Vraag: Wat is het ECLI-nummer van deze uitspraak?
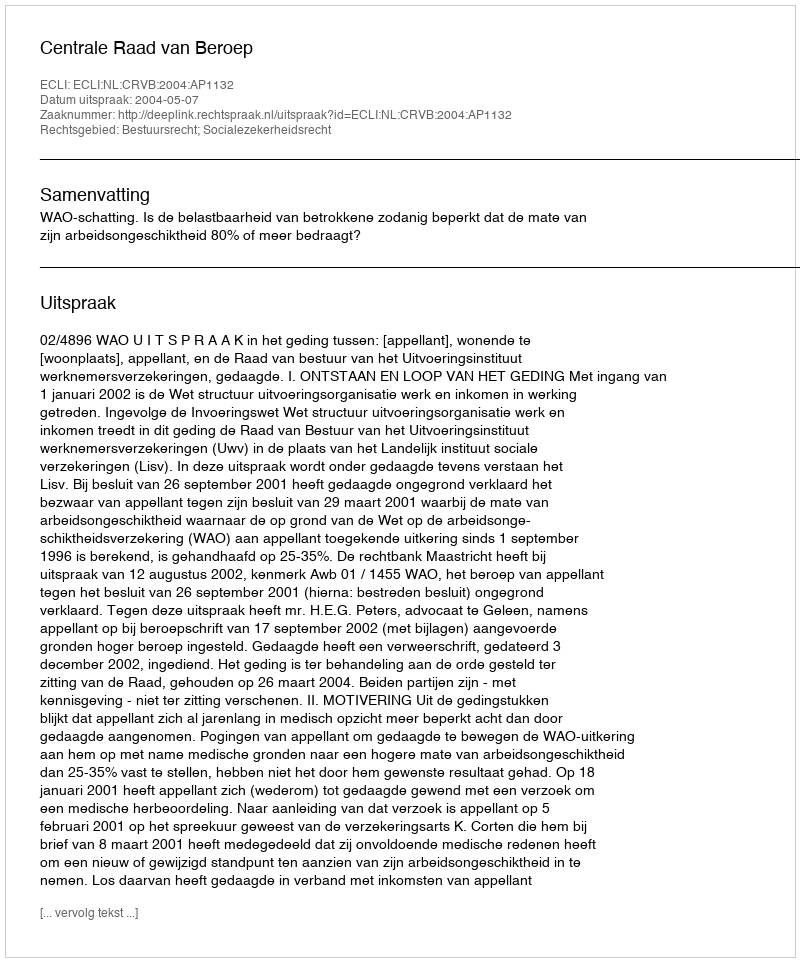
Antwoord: ECLI:NL:CRVB:2004:AP1132